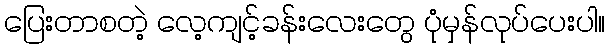
ပြေးတာစတဲ့ လေ့ကျင့်ခန်းလေးတွေ ပုံမှန်လုပ်ပေးပါ။